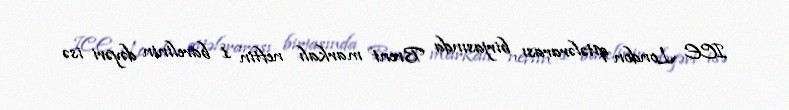
ICE London qitələrarası birjasında Brent markalı neftin 1 barelinin dəyəri isə